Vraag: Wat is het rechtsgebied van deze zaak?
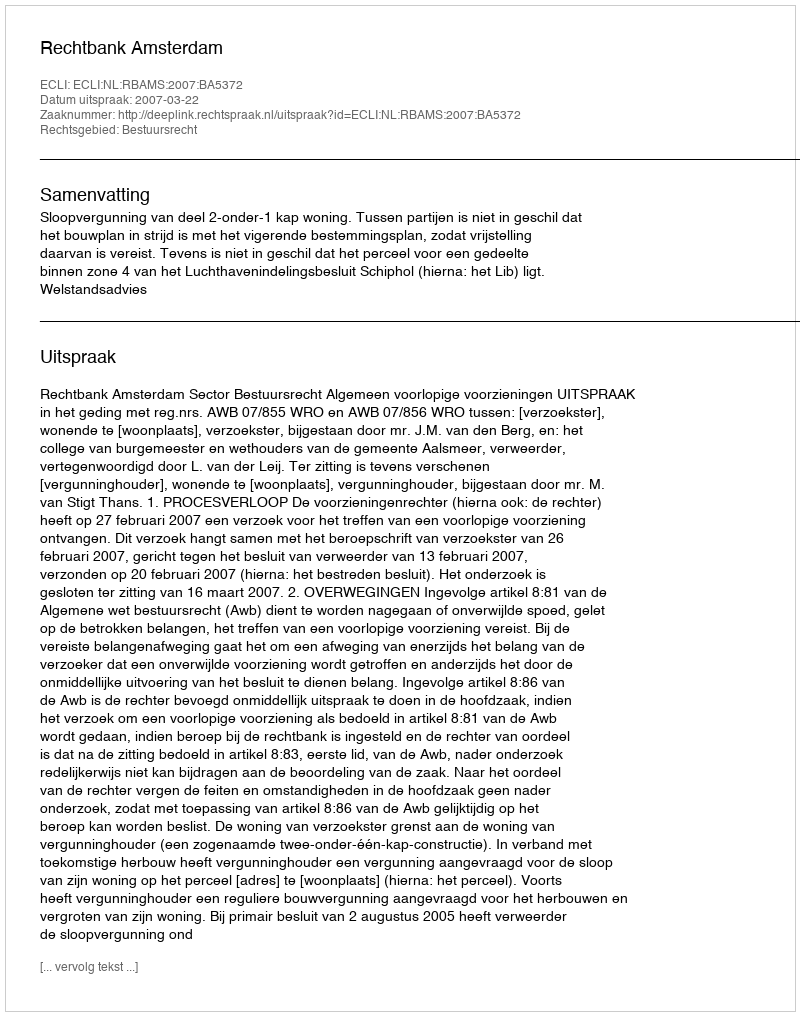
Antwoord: Bestuursrecht